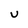
Character: U